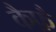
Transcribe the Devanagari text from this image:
कैफ़ै